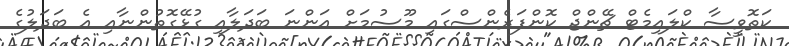
ކަތޮވީސާ ކްލައިމެޓް ޗޭންޖް ކޮންފަރެންސްގައި މޫސުމަށް އަންނަ ބަދަލާއި ގުޅޭގޮތުންނާއި އެ ބަދަލުގެ